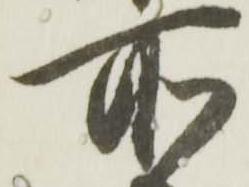
所